Report on the working of the mental hospitals for Indians in Bihar and Orissa - 1925-1929
Year: 1925
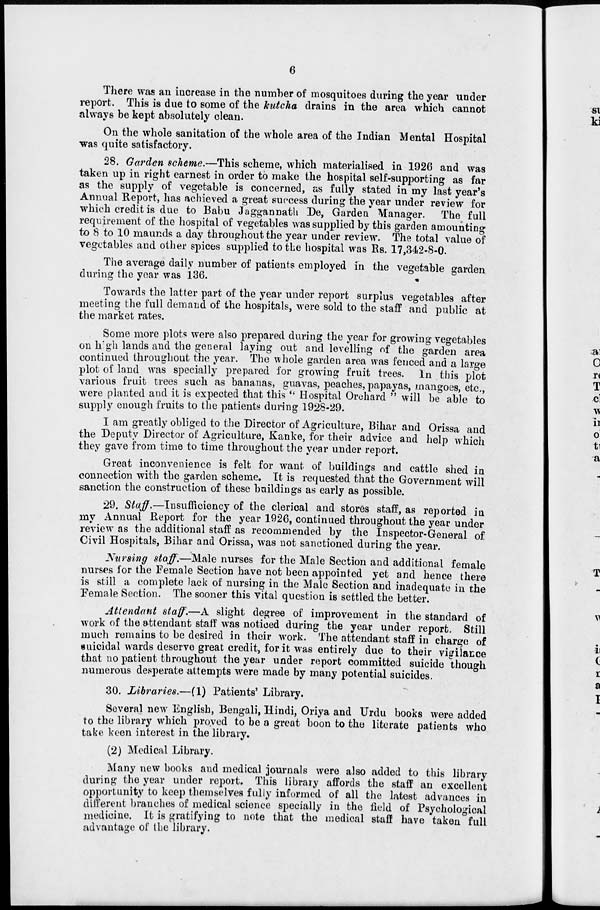
6
There was an increase in the number of mosquitoes during the year under
report. This is due to some of the kutcha drains in the area which cannot
always be kept absolutely clean.
On the whole sanitation of the whole area of the Indian Mental Hospital
was quite satisfactory.
28. Garden scheme.—This scheme, which materialised in 1926 and was
taken up in right earnest in order to make the hospital self-supporting as far
as the supply of vegetable is concerned, as fully stated in my last year's
Annual Report, has achieved a great success during the year under review for
which credit is due to Babu Jaggannath De, Garden Manager. The full
requirement of the hospital of vegetables was supplied by this garden amounting
to 8 to 10 maunds a day throughout the year under review. The total value of
vegetables and other spices supplied to the hospital was Rs. 17,342-8-0.
The average daily number of patients employed in the vegetable garden
during the year was 136.
Towards the latter part of the year under report surplus vegetables after
meeting the full demand of the hospitals, were sold to the staff and public at
the market rates.
Some more plots were also prepared during the year for growing vegetables
on high lands and the general laying out and levelling of the garden area
continued throughout the year. The whole garden area was fenced and a large
plot of land was specially prepared for growing fruit trees. In this plot
various fruit trees such as bananas, guavas, peaches, papayas, mangoes, etc.,
were planted and it is expected that this " Hospital Orchard " will be able to
supply enough fruits to the patients during 1928-29.
I am greatly obliged to the Director of Agriculture, Bihar and Orissa and
the Deputy Director of Agriculture, Kanke, for their advice and help which
they gave from time to time throughout the year under report.
Great inconvenience is felt for want of buildings and cattle shed in
connection with the garden scheme. It is requested that the Government will
sanction the construction of these buildings as early as possible.
29. Staff.—Insufficiency of the clerical and stores staff, as reported in
my Annual Report for the year 1926, continued throughout the year under
review as the additional staff as recommended by the Inspector-General of
Civil Hospitals, Bihar and Orissa, was not sanctioned during the year.
Nursing staff.—Male nurses for the Male Section and additional female
nurses for the Female Section have not been appointed yet and hence there
is still a complete lack of nursing in the Male Section and inadequate in the
Female Section. The sooner this vital question is settled the better.
Attendant staff.—A slight degree of improvement in the standard of
work of the attendant staff was noticed during the year under report. Still
much remains to be desired in their work. The attendant staff in charge of
suicidal wards deserve great credit, for it was entirely due to their vigilance
that no patient throughout the year under report committed suicide though
numerous desperate attempts were made by many potential suicides.
30. Libraries.—(1) Patients' Library.
Several new English, Bengali, Hindi, Oriya and Urdu books were added
to the library which proved to be a great boon to the literate patients who
take keen interest in the library.
(2) Medical Library.
Many new books and medical journals were also added to this library
during the year under report. This library affords the staff an excellent
opportunity to keep themselves fully informed of all the latest advances in
different branches of medical science specially in the field of Psychological
medicine. It is gratifying to note that the medical staff have taken full
advantage of the library.